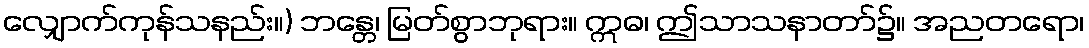
လျှောက်ကုန်သနည်း။) ဘန္တေ၊ မြတ်စွာဘုရား။ ဣဓ၊ ဤသာသနာတာ်၌။ အညတရော၊